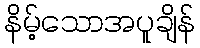
နိမ့်သောအပူချိန်